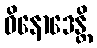
ဝိနောဒေန္တိ